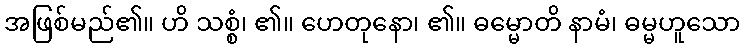
အဖြစ်မည်၏။ ဟိ သစ္စံ၊ ၏။ ဟေတုနော၊ ၏။ ဓမ္မောတိ နာမံ၊ ဓမ္မဟူသော